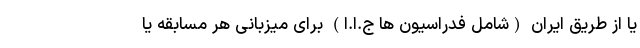
یا از طریق ایران (شامل فدراسیون ها ج.ا.ا) برای میزبانی هر مسابقه یا